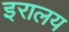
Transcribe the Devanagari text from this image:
इरालय